Vaccination in the Punjab 1905-1918 - 1905-1918
Year: 1905
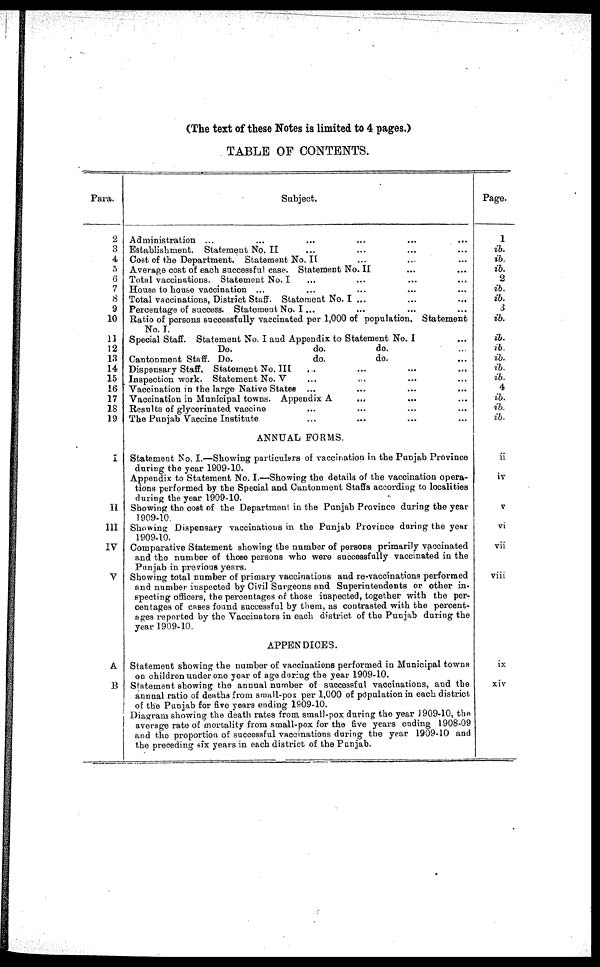
(The text of these Notes is limited to 4 pages.)
TABLE OF CONTENTS.
Para.
2
3
4
5
6
7
8
9
10
11
12
13
14
15
16
17
18
19
I
II
III
IV
V
A
B
Subject.
Administration ... ... ... ... ... ...
Establishment. Statement No. II ... ... ... ... ... ...
Cost of the Department. Statement No. II ... ... ... ... ... ...
Average cost of each successful case. Statement No. II ... ... ... ... ... ...
Total vaccinations. Statement No. I ... ... ... ... ... ...
House to house vaccination ... ... ... ... ... ...
Total vaccinations, District Staff. Statement No. I ...
...
... ... ... ...
Percentage of success. Statement No. I ... ... ... ... ... ...
Ratio of persons Successfully vaccinated per 1,000 of population. Statement
No. I. ... ... ... ... ... ...
Special Staff. Statement No. I and Appendix to Statement No. I ... ... ... ... ...
Do.
do.
do. ... ... ... ... ... ...
Cantonment Staff. Do.
do.
do. ... ... ... ... ... ...
Dispensary Staff. Statement No. III ... ... ... ... ... ...
Inspection work. Statement No. V ... ... ... ... ... ...
Vaccination in the large Native States ... ... ... ... ... ...
Vaccination in Municipal towns. Appendix A ... ... ... ... ... ...
Results of glycerinated vaccine ... ... ... ... ... ...
The Punjab Vaccine Institute ... ... ... ... ... ...
ANNUAL FORMS.
Statement No. I.—Showing particulars of vaccination in the Punjab Province
during the year 1909-10.
Appendix to Statement No. I.—Showing the details of the vaccination opera-
tions performed by the Special and Cantonment Staffs according to localities
during the year 1909-10.
Showing the cost of the Department in the Punjab Province during the year
1909-10.
Showing Dispensary vaccinations in the Punjab Province during the year
1909-10.
Comparative Statement showing the number of persons primarily vaccinated
and the number of those persons who were successfully vaccinated in the
Punjab in previous years.
Showing total number of primary vaccinations and re-vaccinations performed
and number inspected by Civil Surgeons and Superintendents or other in-
specting officers, the percentages of those inspected, together with the per-
centages of cases found successful by them, as contrasted with the percent-
ages reported by the Vaccinators in each district of the Punjab during the
year 1909-10.
APPENDICES.
Statement showing the number of vaccinations performed in Municipal towns
on children under one year of age during the year 1909-10.
Statement showing the annual number of successful vaccinations, and the
annual ratio of deaths from small-pox per 1,000 of population in each district
of the Punjab for five years ending 1909-10.
Diagram showing the death rates from small-pox during the year 1909-10, the
average rate of mortality from small-pox for the five years ending 1908-09
and the proportion of successful vaccinations during the year 1909-10 and
the preceding six years in each district of the Punjab.
Page.
1
ib.
ib.
ib.
2
ib.
ib.
3
ib.
ib.
ib.
ib.
ib.
ib.
4
ib.
ib.
ib.
ii
iv
v
vi
vii
viii
ix
xiv